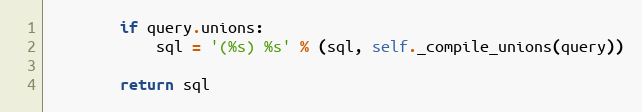
Language: Python
        if query.unions:
            sql = '(%s) %s' % (sql, self._compile_unions(query))

        return sql